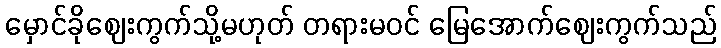
မှောင်ခိုဈေးကွက်သို့မဟုတ် တရားမဝင် မြေအောက်ဈေးကွက်သည်